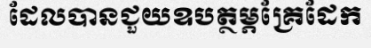
ដែលបានជួយឧបត្ថម្ភគ្រែដែក